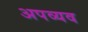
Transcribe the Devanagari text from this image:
अपव्यव